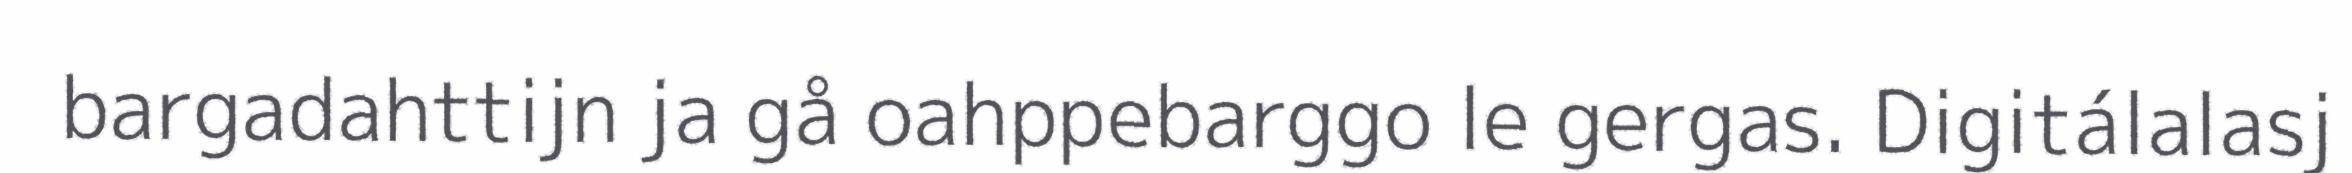
bargadahttijn ja gå oahppebarggo le gergas. Digitálalasj